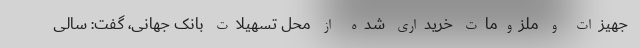
جهیزات و ملزومات خریداری شده از محل تسهیلات بانک جهانی، گفت: سالی